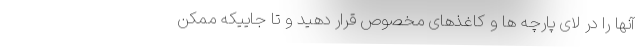
آنها را در لای پارچه ها و کاغذهای مخصوص قرار دهید و تا جاییکه ممکن